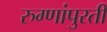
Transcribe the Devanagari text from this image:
रुग्णांपुरती